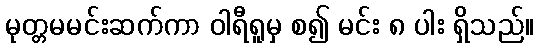
မုတ္တမမင်းဆက်ကာ ဝါရီရူမှ စ၍ မင်း ၈ ပါး ရှိသည်။